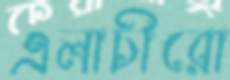
এলাচীরো